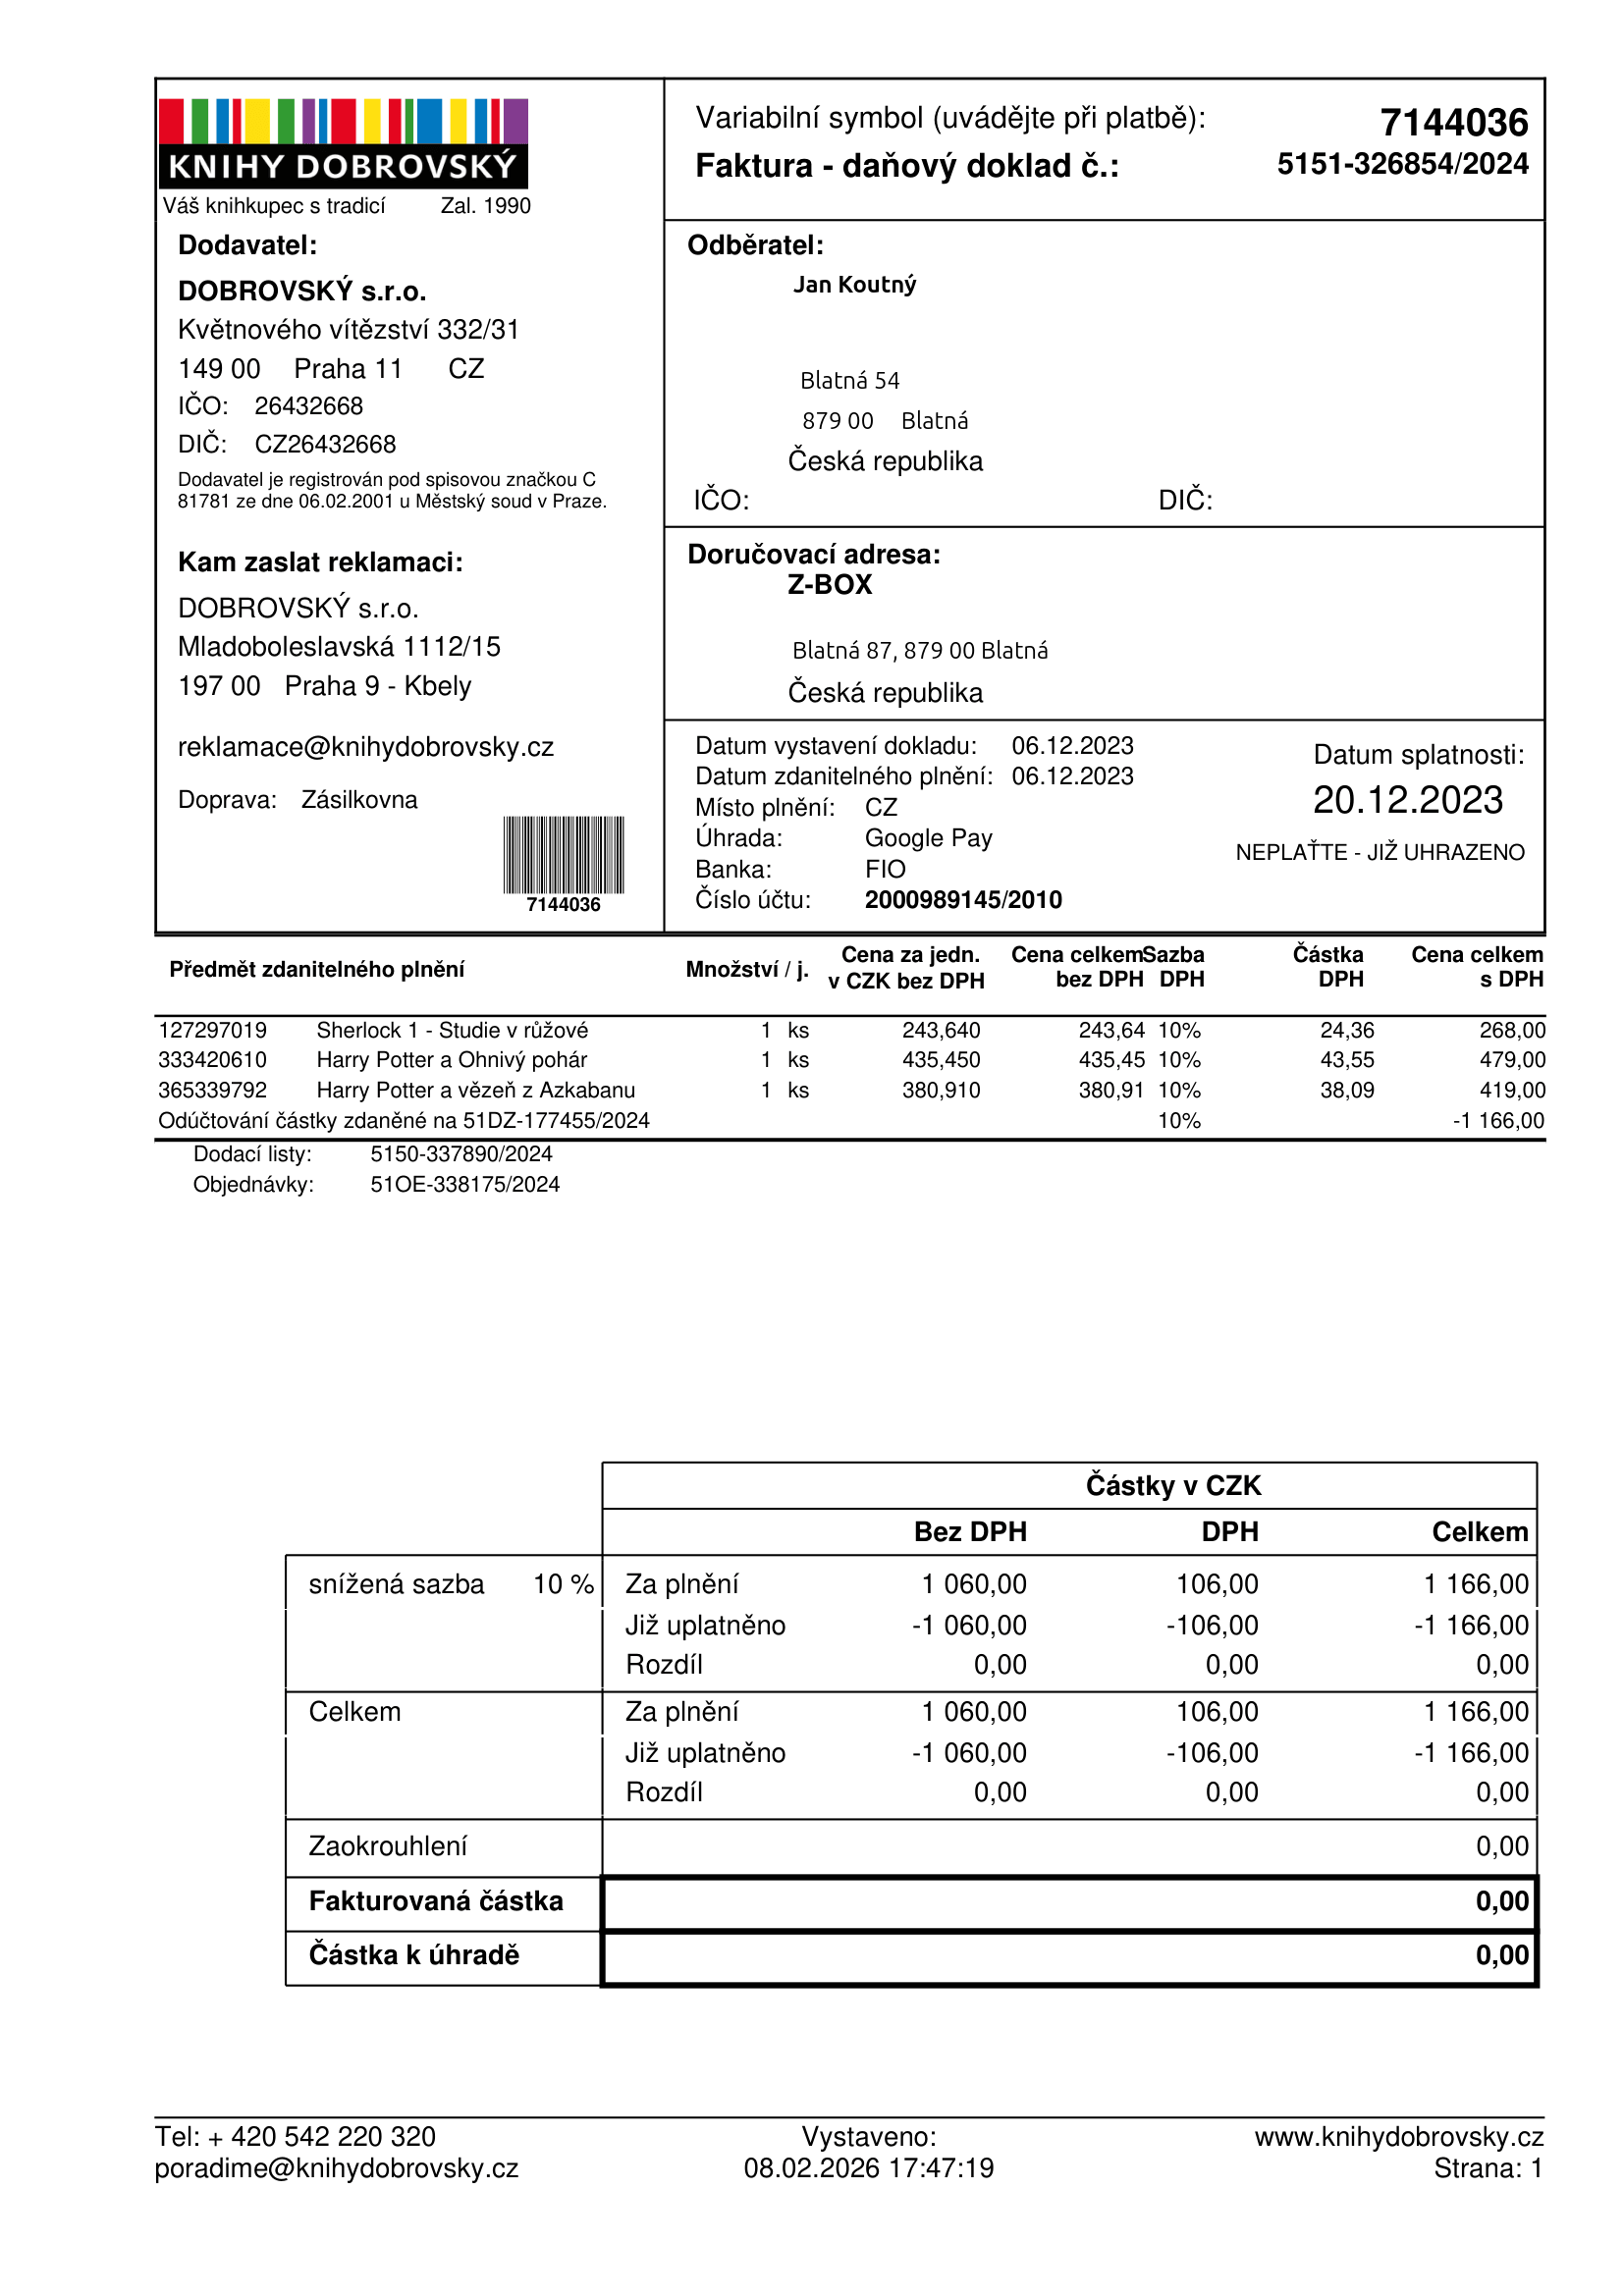
invoice_number: 5151-326854/2024
supp_register_id: 26432668
supp_tax_id: CZ26432668
issue_date: 06.12.2023
taxable_supply_date: 06.12.2023
due_date: 20.12.2023
payment_type: Google Pay
bank_account_number: 2000989145/2010
variable_symbol: 7144036
total: 1166,00